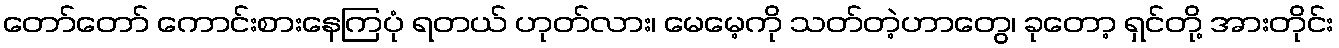
တော်တော် ကောင်းစားနေကြပုံ ရတယ် ဟုတ်လား၊ မေမေ့ကို သတ်တဲ့ဟာတွေ၊ ခုတော့ ရှင်တို့ အားတိုင်း